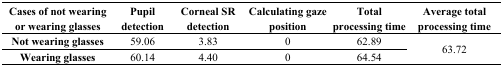
<table><thead><tr><td><b>Cases of not wearingor wearing glasses</b></td><td><b>Pupildetection</b></td><td><b>Corneal SRdetection</b></td><td><b>Calculating gazeposition</b></td><td><b>Totalprocessing time</b></td><td><b>Average totalprocessing time</b></td></tr></thead><tbody><tr><td><b>Not wearing glasses</b></td><td>59.06</td><td>3.83</td><td>0</td><td>62.89</td><td rowspan="3">63.72</td></tr><tr><td><b>Wearing glasses</b></td><td>60.14</td><td>4.40</td><td>0</td><td>64.54</td></tr></tbody></table>